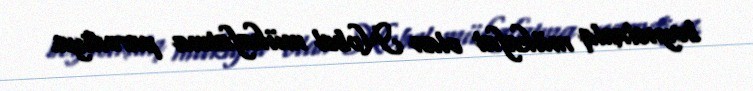
beynəlxalq mükafat olan Nobel mükafatına parodiya.